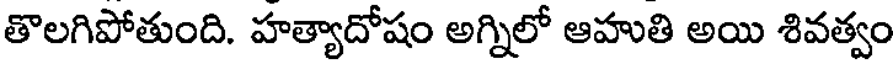
తొలగిపోతుంది. హత్యాదోషం అగ్నిలో ఆహుతి అయి శివత్వం